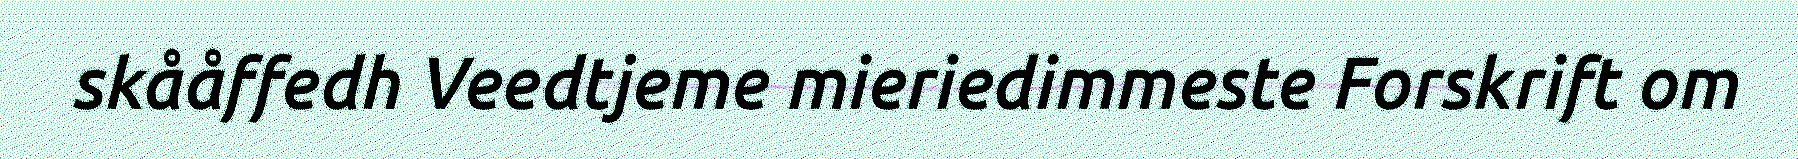
skååffedh Veedtjeme mieriedimmeste Forskrift om